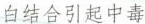
白结合引起中毒